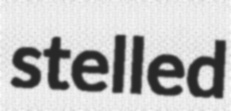
stelled